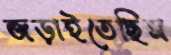
জড়াইতেছিস